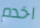
اخدم